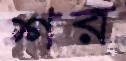
শর